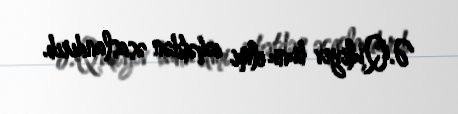
Ə.Quliyev bunu elmi cəhətdən əsaslandırıb.